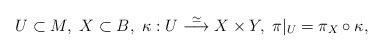
\begin{align*} U\subset M,\ X\subset B,\ \kappa : U\overset{\simeq}{\longrightarrow} X\times Y,\ \pi|_U=\pi_X\circ \kappa,\end{align*}